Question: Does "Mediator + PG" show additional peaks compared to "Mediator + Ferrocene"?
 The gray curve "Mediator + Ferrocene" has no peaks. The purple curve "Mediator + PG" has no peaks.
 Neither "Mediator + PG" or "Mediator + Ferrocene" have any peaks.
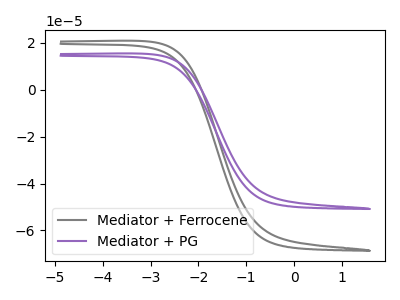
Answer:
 <answer>No, "Mediator + PG" and "Mediator + Ferrocene" don't appear to be significantly different in shape</answer>
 <eval>no_change</eval>